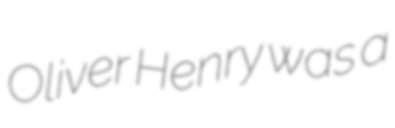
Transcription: Oliver Henry was a